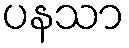
ပနသာ